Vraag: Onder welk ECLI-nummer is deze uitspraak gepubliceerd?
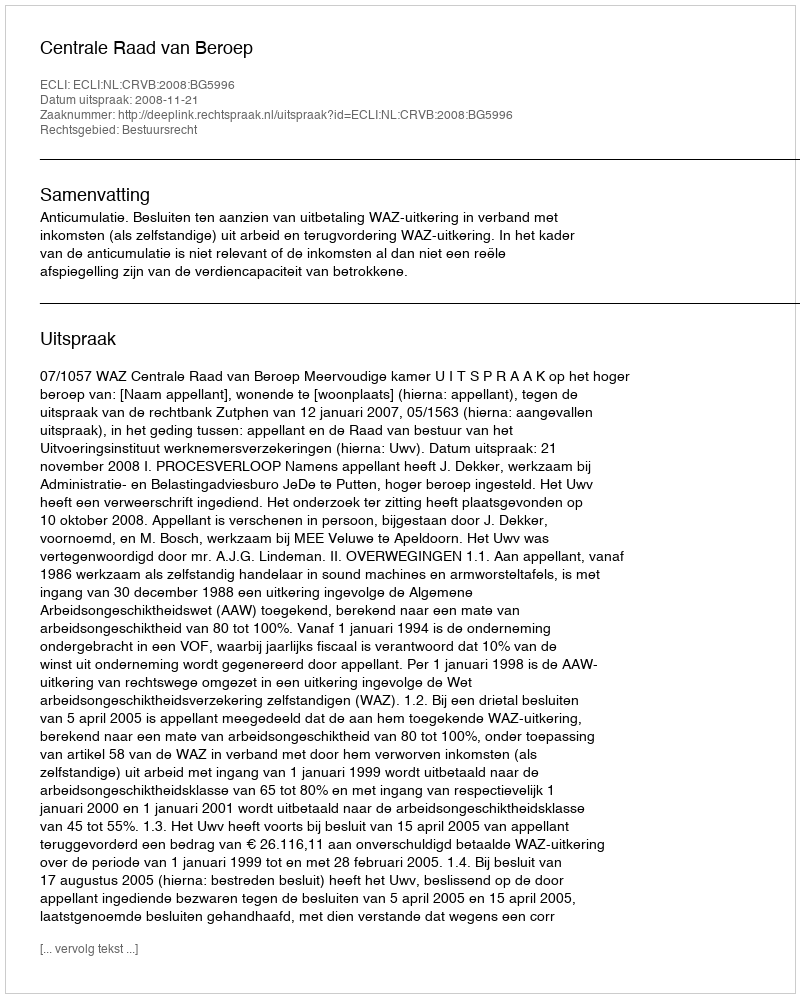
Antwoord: ECLI:NL:CRVB:2008:BG5996